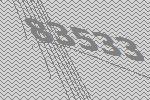
83533